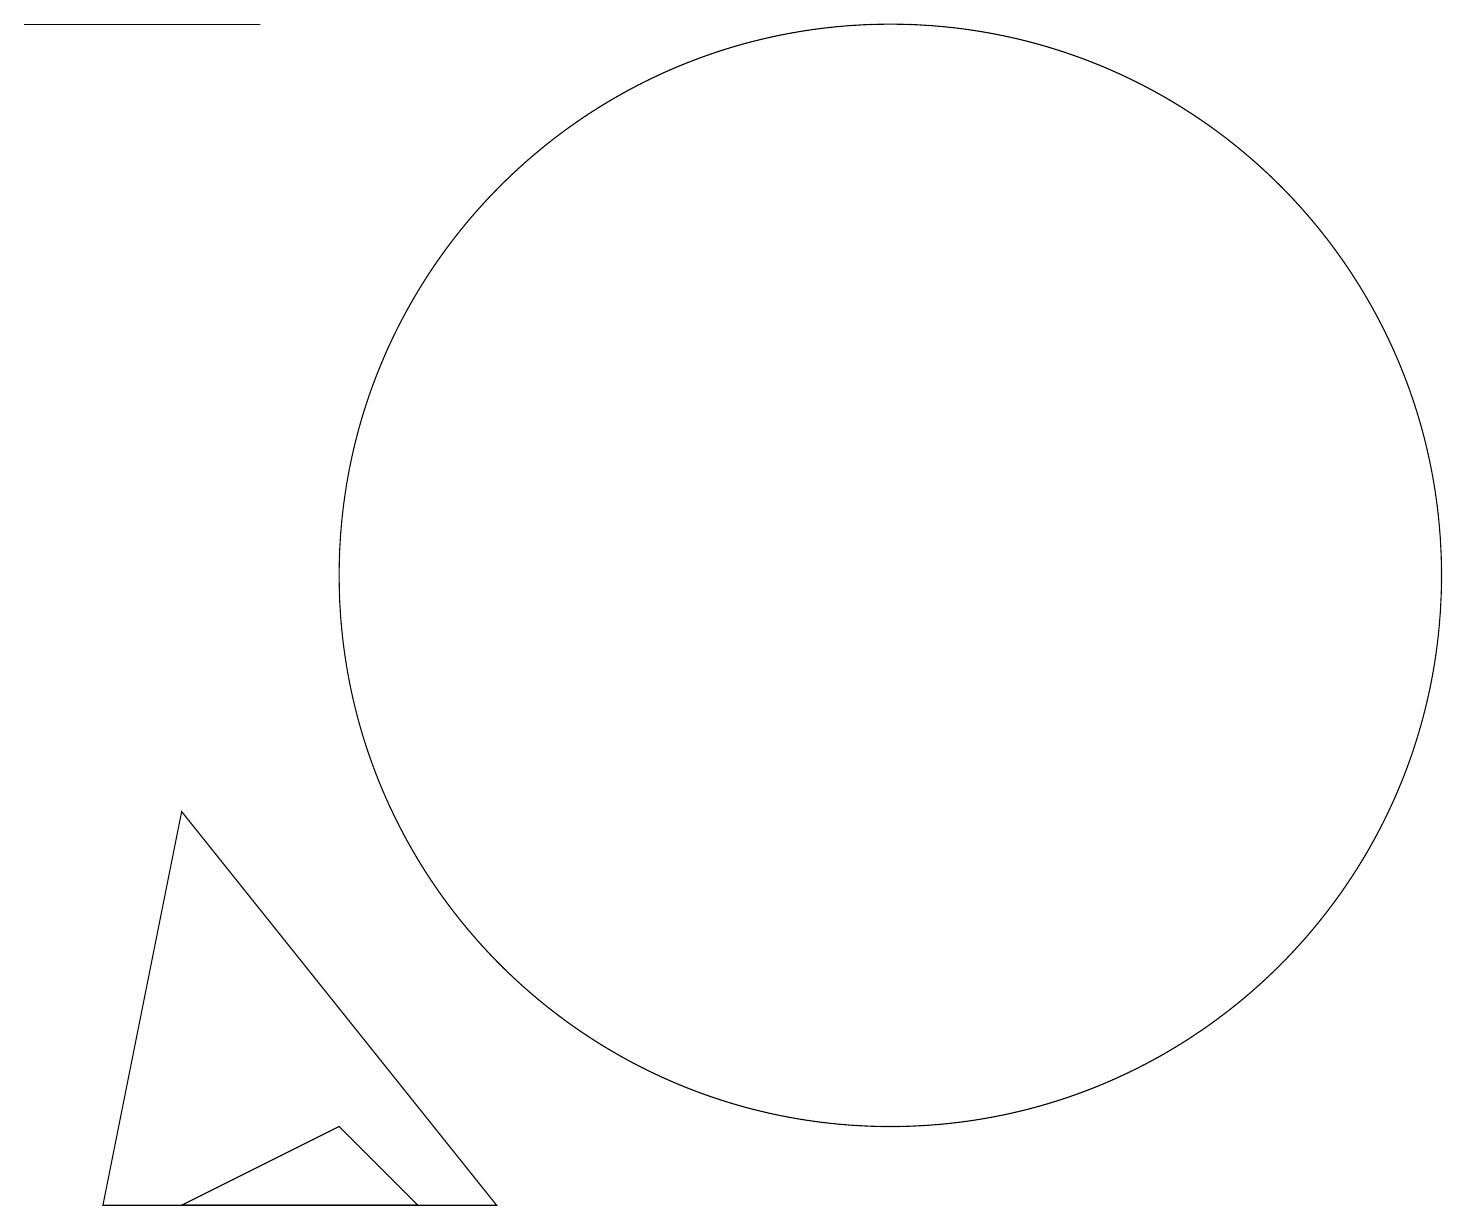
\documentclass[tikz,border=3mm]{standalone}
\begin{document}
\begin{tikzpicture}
\draw (0,18) rectangle (3,18);
\draw (6,3) -- (2,8) -- (1,3) -- cycle;
\draw (11,11) circle (7);
\draw (5,3) -- (4,4) -- (2,3) -- cycle;
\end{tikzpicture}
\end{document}